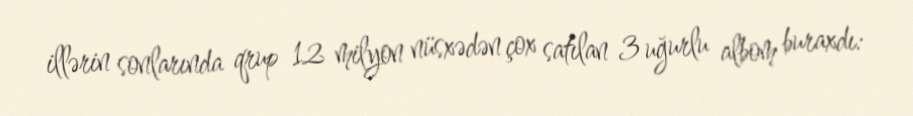
illərin sonlarında qrup 12 milyon nüsxədən çox satılan 3 uğurlu albom buraxdı: